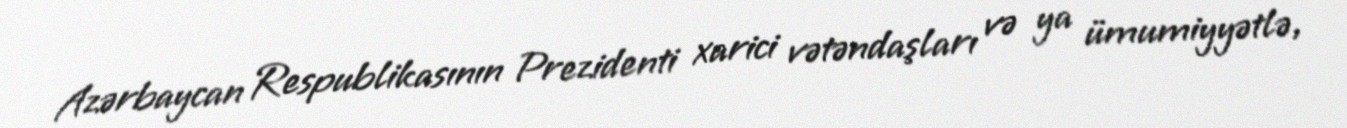
Azərbaycan Respublikasının Prezidenti xarici vətəndaşları və ya ümumiyyətlə,